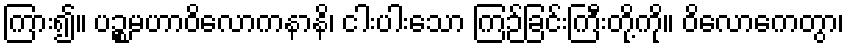
ကြား၍။ ပဉ္စမဟာဝိလောကနာနိ၊ ငါးပါးသော ကြဉ်ခြင်းကြီးတို့ကို။ ဝိလောကေတွာ၊